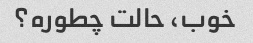
خوب، حالت چطوره؟